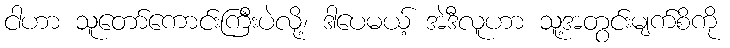
ငါဟာ သူတော်ကောင်းကြီးပဲလို့၊ ဒါပေမယ့် အဲဒီလူဟာ သူ့အတွင်းမျက်စိကို